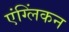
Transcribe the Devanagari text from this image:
एंग्लिंकन